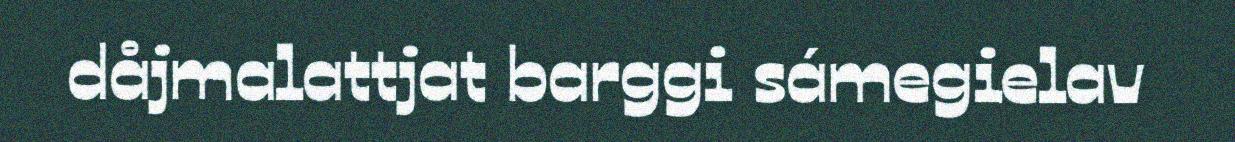
dåjmalattjat barggi sámegielav